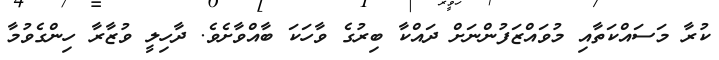
ކުރާ މަސައްކަތާއި މުވައްޒަފުންނަށް ދައްކާ ބިރުގެ ވާހަކަ ބާއްވާށެވެ. ދާހިލީ ވުޒާރާ ހިންގެވުމާ